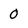
Character: 0